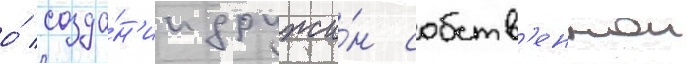
о́ созда́н'ии дружи́н собств'еннои